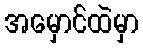
အမှောင်ထဲမှာ